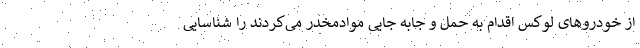
از خودروهای لوکس اقدام به حمل و جابه جایی موادمخدر می‌کردند را شناسایی